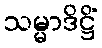
သမ္မာဒိဋ္ဌိံ